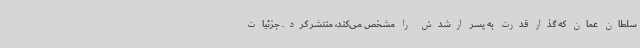
سلطان عمان که گذار قدرت به پسر ارشدش را مشخص می‌کند، منتشر کرد. جزئیات